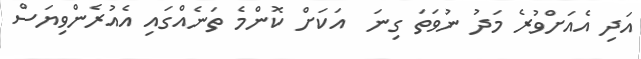
އަދި އެއަށްވުރެ މަދު ނުވަތަ ގިނަ  އަކަށް ކޮންމެ ތަނެއްގައި އެއުރެންވިޔަސް